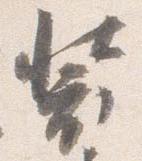
装